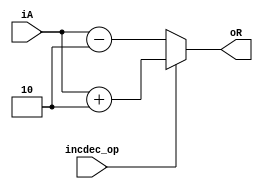
/*MIT License

Copyright (c) 2020 Debtanu Mukherjee

Permission is hereby granted, free of charge, to any person obtaining a copy
of this software and associated documentation files (the "Software"), to deal
in the Software without restriction, including without limitation the rights
to use, copy, modify, merge, publish, distribute, sublicense, and/or sell
copies of the Software, and to permit persons to whom the Software is
furnished to do so, subject to the following conditions:

The above copyright notice and this permission notice shall be included in all
copies or substantial portions of the Software.

THE SOFTWARE IS PROVIDED "AS IS", WITHOUT WARRANTY OF ANY KIND, EXPRESS OR
IMPLIED, INCLUDING BUT NOT LIMITED TO THE WARRANTIES OF MERCHANTABILITY,
FITNESS FOR A PARTICULAR PURPOSE AND NONINFRINGEMENT. IN NO EVENT SHALL THE
AUTHORS OR COPYRIGHT HOLDERS BE LIABLE FOR ANY CLAIM, DAMAGES OR OTHER
LIABILITY, WHETHER IN AN ACTION OF CONTRACT, TORT OR OTHERWISE, ARISING FROM,
OUT OF OR IN CONNECTION WITH THE SOFTWARE OR THE USE OR OTHER DEALINGS IN THE
SOFTWARE.
*/

`timescale 10ns/1ns
module incdec2(incdec_op, iA, oR);

parameter DATASIZE = 8;
input incdec_op;
input [DATASIZE-1:0] iA;
output [DATASIZE-1:0] oR;

assign oR = (incdec_op) ? (iA+2'b10) : (iA-2'b10);

endmodule